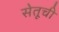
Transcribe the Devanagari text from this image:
सेतूची